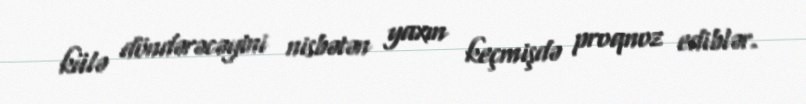
külə döndərəcəyini nisbətən yaxın keçmişdə proqnoz ediblər.